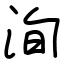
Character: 洵